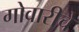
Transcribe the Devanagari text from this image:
गोवारीचे